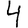
Digit: 4